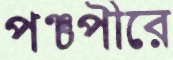
পঞ্চপীরে